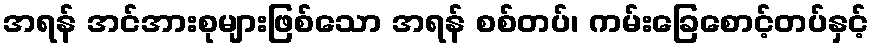
အရန် အင်အားစုများဖြစ်သော အရန် စစ်တပ်၊ ကမ်းခြေစောင့်တပ်နှင့်